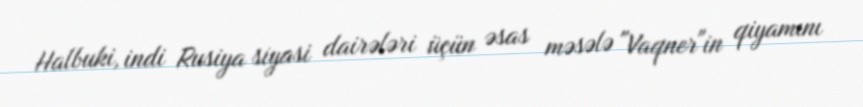
Halbuki, indi Rusiya siyasi dairələri üçün əsas məsələ "Vaqner"in qiyamını